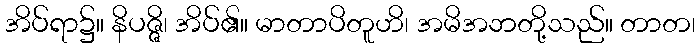
အိပ်ရာ၌။ နိပဇ္ဇိ၊ အိပ်၏။ မာတာပိတူဟိ၊ အမိအဘတို့သည်။ တာတ၊